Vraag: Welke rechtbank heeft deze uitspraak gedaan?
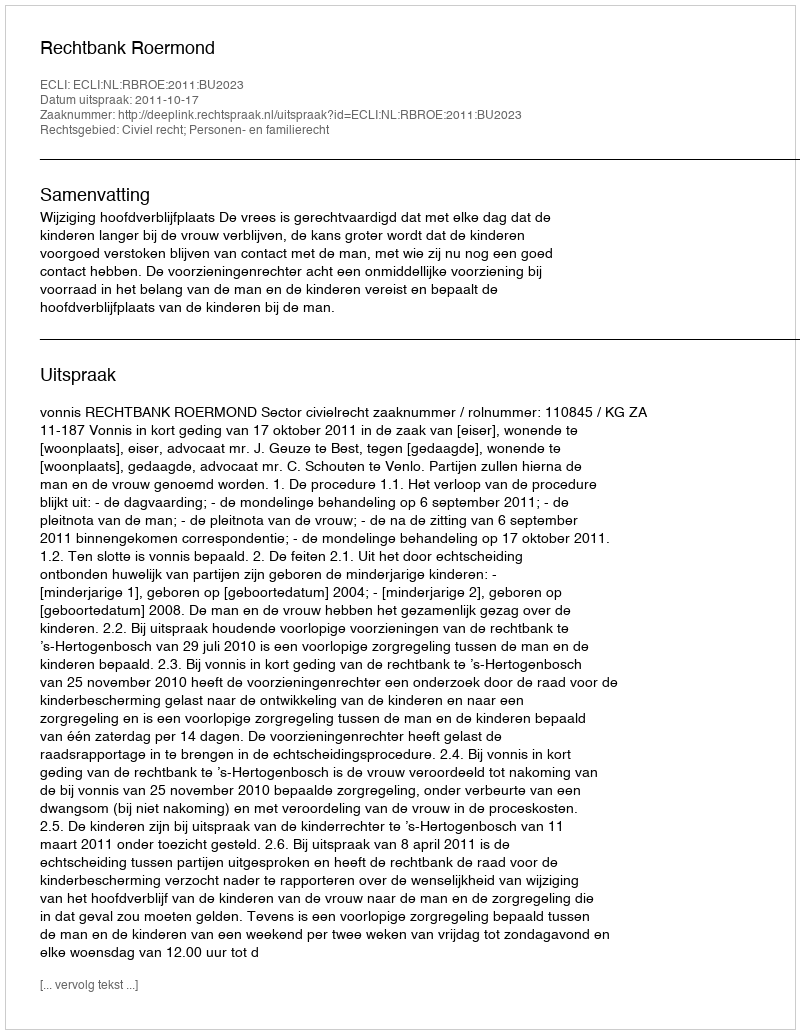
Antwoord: Rechtbank Roermond